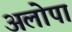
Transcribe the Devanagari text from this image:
अलोपा